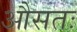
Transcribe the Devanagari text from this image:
औसतः